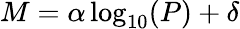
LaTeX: M=\alpha\log_{10}(P)+\delta